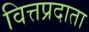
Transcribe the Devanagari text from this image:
वित्तप्रदाता